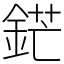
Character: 鋩